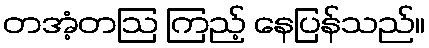
တအံ့တဩ ကြည့် နေပြန်သည်။